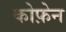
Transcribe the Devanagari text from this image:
कोफ़ेन